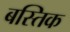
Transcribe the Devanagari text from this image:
बस्तिक